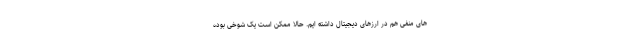
های منفی هم در ارزهای دیجیتال داشته ایم. حالا ممکن است یک شوخی بوده